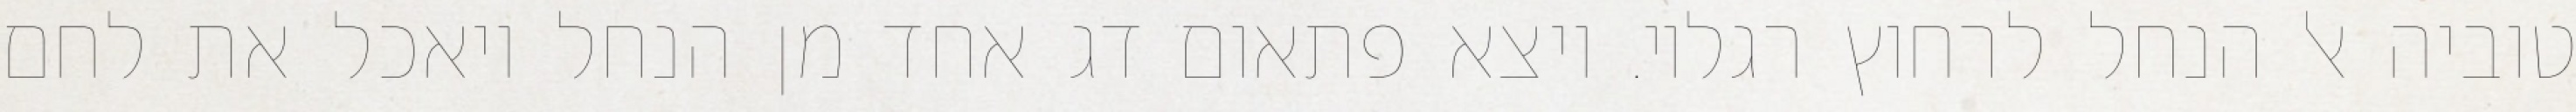
טוביה אל הנחל לרחוץ רגליו. ויצא פתאום דג אחד מן הנחל ויאכל את לחם